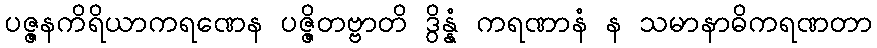
ပဇ္ဇနကိရိယာကရဏေန ပဇ္ဇိတဗ္ဗာတိ ဒွိန္နံ ကရဏာနံ န သမာနာဓိကရဏတာ